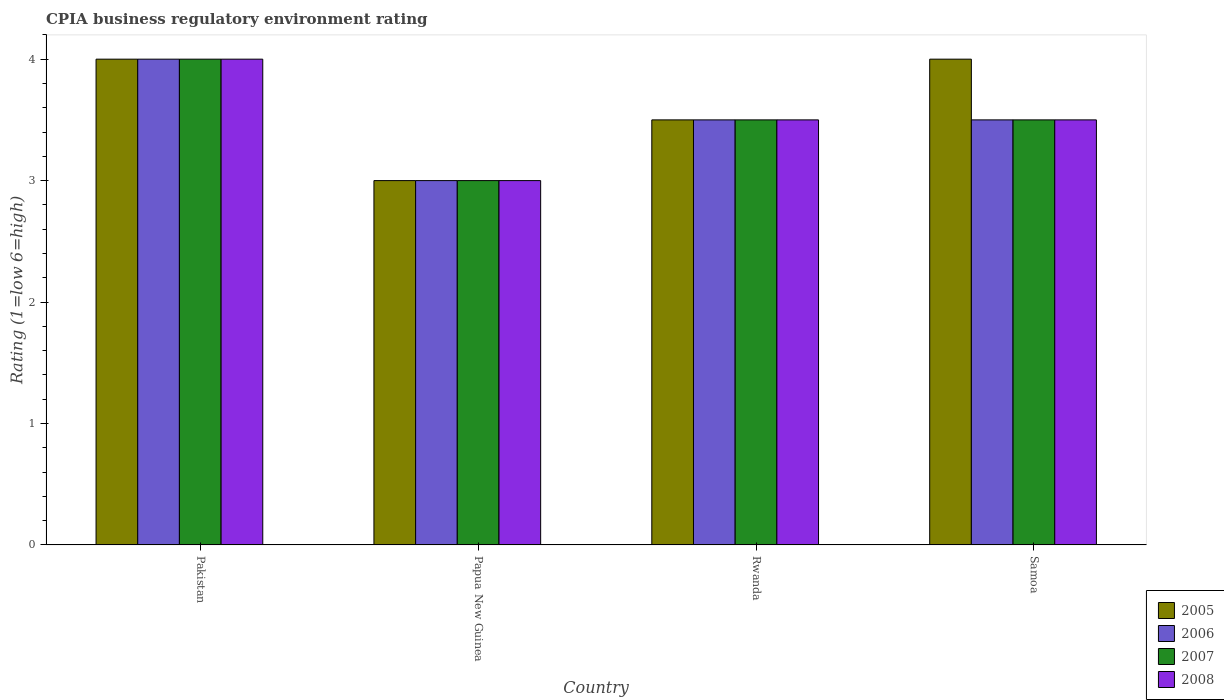
| Country | 2005 | 2006 | 2007 | 2008 |
 | --- | --- | --- | --- | --- |
 | Pakistan | 4 | 4 | 4 | 4 |
 | Papua New Guinea | 3 | 3 | 3 | 3 |
 | Rwanda | 3.5 | 3.5 | 3.5 | 3.5 |
 | Samoa | 4 | 3.5 | 3.5 | 3.5 |